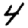
Digit: 4